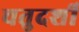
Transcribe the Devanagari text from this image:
चतुदर्शी